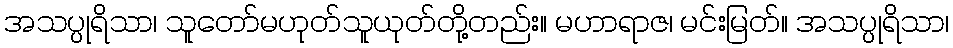
အသပ္ပုရိသာ၊ သူတော်မဟုတ်သူယုတ်တို့တည်း။ မဟာရာဇ၊ မင်းမြတ်။ အသပ္ပုရိသာ၊